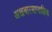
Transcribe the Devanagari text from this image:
अखबारसाप्ताहिक